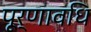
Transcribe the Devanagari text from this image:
पूर्णावधि